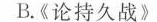
B.《论持久战》